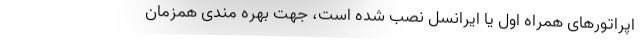
اپراتورهای همراه اول یا ایرانسل نصب شده است، جهت بهره مندی همزمان